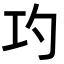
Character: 𭘅